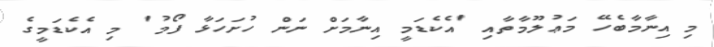
މި އިނާމާބެހޭ މަޢުލޫމާތާއި 'އެކެޑަމީ އިނާމަށް ނަން ހުށަހަޅާ ފޯމު' މި އެކެޑަމީގެ